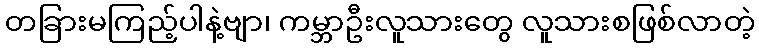
တခြားမကြည့်ပါနဲ့ဗျာ၊ ကမ္ဘာဦးလူသားတွေ လူသားစဖြစ်လာတဲ့